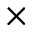
\times